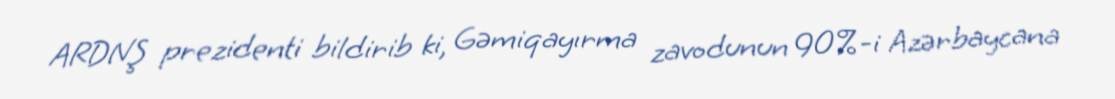
ARDNŞ prezidenti bildirib ki, Gəmiqayırma zavodunun 90%-i Azərbaycana